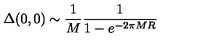
\Delta ( 0 , 0 ) \sim { \frac { 1 } { M } } { \frac { 1 } { 1 - e ^ { - 2 \pi M R } } }